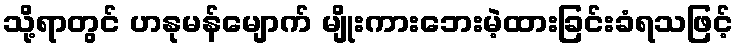
သို့ရာတွင် ဟနုမန်မျောက် မျိုးကားဘေးမဲ့ထားခြင်းခံရသဖြင့်